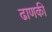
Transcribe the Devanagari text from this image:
ढाणकी